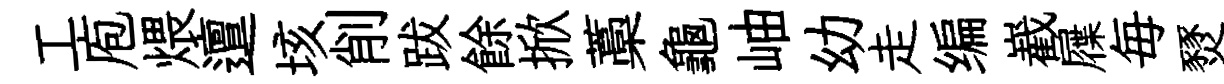
工庖煨邅垓削跋餘掀藁龜岫幼走编嶻屧毎燹